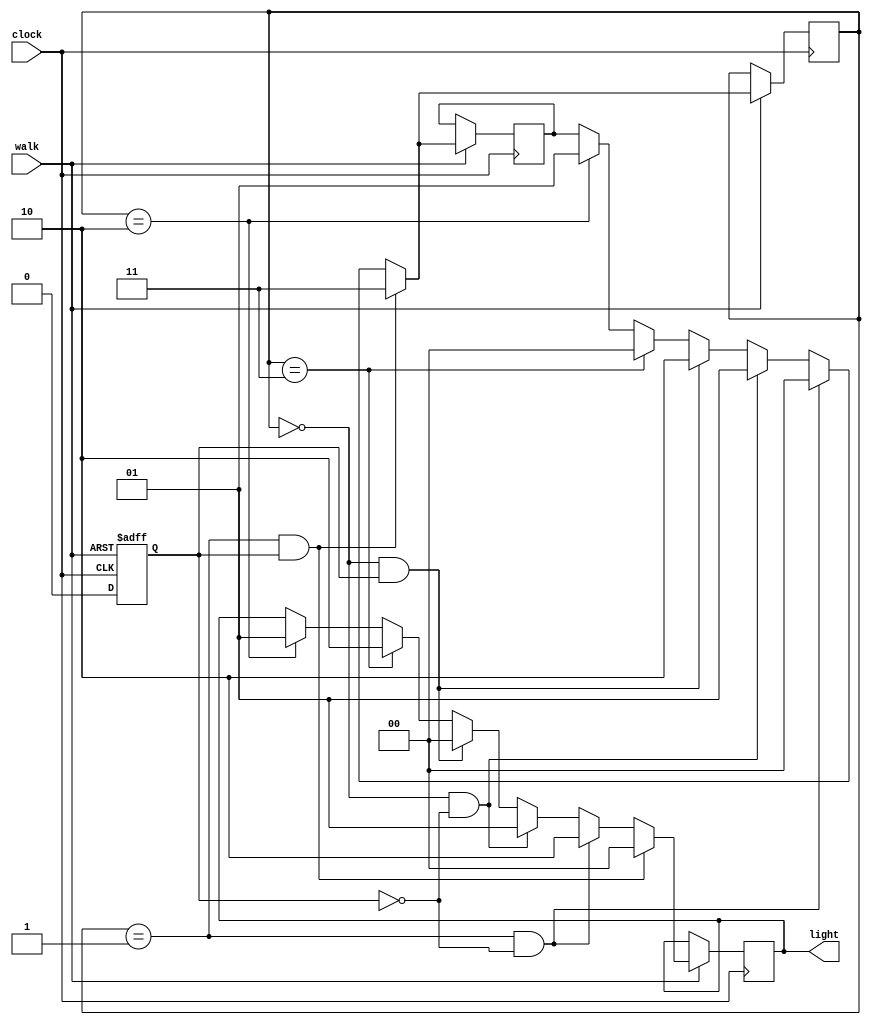
module FSM_traffic_light(walk,clock,light);
	input clock;
	input walk;
	reg[1:0] state_C;
	reg[1:0] state_N;
	reg in;
	reg[1:0] out;
	output[1:0] light;

	parameter S1=2'b01;
	parameter out1=2'b01;
	parameter S2=2'b00;
	parameter out2=2'b10;
	parameter S3=2'b11;
	parameter out3=2'b00;
	parameter S4=2'b10;
	parameter out4=2'b00;
	
	initial begin 
		state_C= S2;
	end
	
	always @(posedge clock or negedge walk) begin
		if (!walk)begin
			in<=1;
		end
		
		else begin
			if (state_C==S1 && in==1) begin 
				state_N=S3;
				out<=out3;
			end
			else if (state_C==S1 && in==0) begin
				state_N=S2;
				out<=out2;
			end
			else if (state_C==S2 && in==0) begin 
				state_N=S1;
				out<=out1;
				end
			else if (state_C==S2 && in==1) begin 
				state_N=S4;
				out<=out4;
			end
			else if (state_C==S3) begin 
				state_N=S2;
				out<=out2;
			end
			else if (state_C==S4) begin
				state_N=S1; 
				out<=out1;
			end
			state_C=state_N;
			in<=0;
		end
	end
	assign light= out;
endmodule